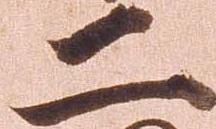
二